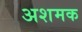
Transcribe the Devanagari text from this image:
अशमक